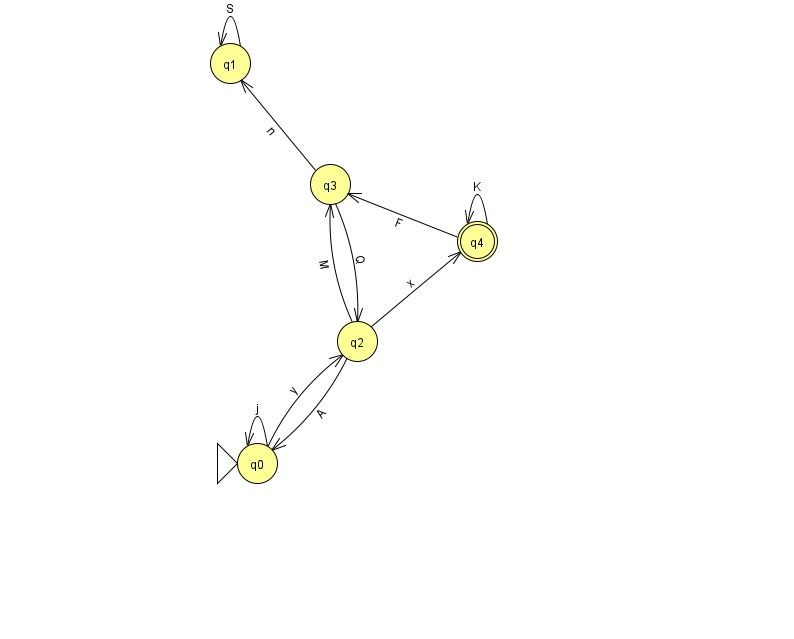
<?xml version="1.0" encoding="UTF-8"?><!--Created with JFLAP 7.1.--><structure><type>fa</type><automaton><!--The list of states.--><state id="0" name="q0"><x>257.0</x><y>450.0</y><initial/></state><state id="1" name="q1"><x>230.0</x><y>50.0</y></state><state id="2" name="q2"><x>357.0</x><y>328.0</y></state><state id="3" name="q3"><x>330.0</x><y>171.0</y></state><state id="4" name="q4"><x>477.0</x><y>228.0</y><final/></state><!--The list of transitions.--><transition><from>3</from><to>1</to><read>n</read></transition><transition><from>1</from><to>1</to><read>S</read></transition><transition><from>2</from><to>3</to><read>M</read></transition><transition><from>2</from><to>4</to><read>x</read></transition><transition><from>4</from><to>3</to><read>F</read></transition><transition><from>2</from><to>0</to><read>A</read></transition><transition><from>0</from><to>0</to><read>j</read></transition><transition><from>4</from><to>4</to><read>K</read></transition><transition><from>0</from><to>2</to><read>y</read></transition><transition><from>3</from><to>2</to><read>Q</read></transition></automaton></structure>